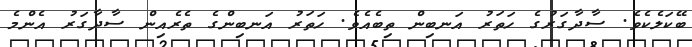
ބޭކަލެކެވެ. ސާދާގަރުގެ ހަތަރު އަނބިން ތިބެއެވެ. ހަތަރު އަނބިންގެ ތެރެއިން ސާދާގަރު އެންމެ